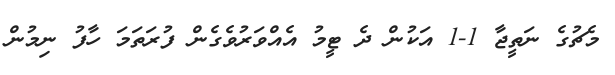
މެޗުގެ ނަތީޖާ 1-1 އަކުން ދެ ޓީމު އެއްވަރުވެގެން ފުރަތަމަ ހާފު ނިމުން